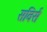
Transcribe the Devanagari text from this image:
सविर्स